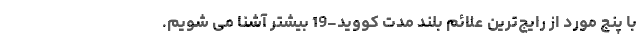
با پنج مورد از رایج‌ترین علائم بلند مدت کووید-19 بیشتر آشنا می شویم.